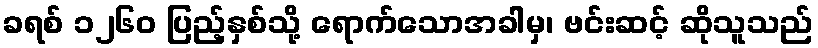
ခရစ် ၁၂၆၀ ပြည့်နှစ်သို့ ရောက်သောအခါမှ၊ ဗင်းဆင့် ဆိုသူသည်